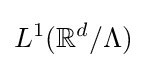
L^{1}(\mathbb {R} ^{d}/\Lambda )